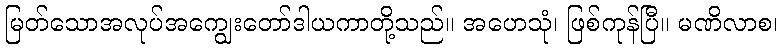
မြတ်သောအလုပ်အကျွေးတော်ဒါယကာတို့သည်။ အဟေသုံ၊ ဖြစ်ကုန်ပြီ။ မဏိလာစ၊